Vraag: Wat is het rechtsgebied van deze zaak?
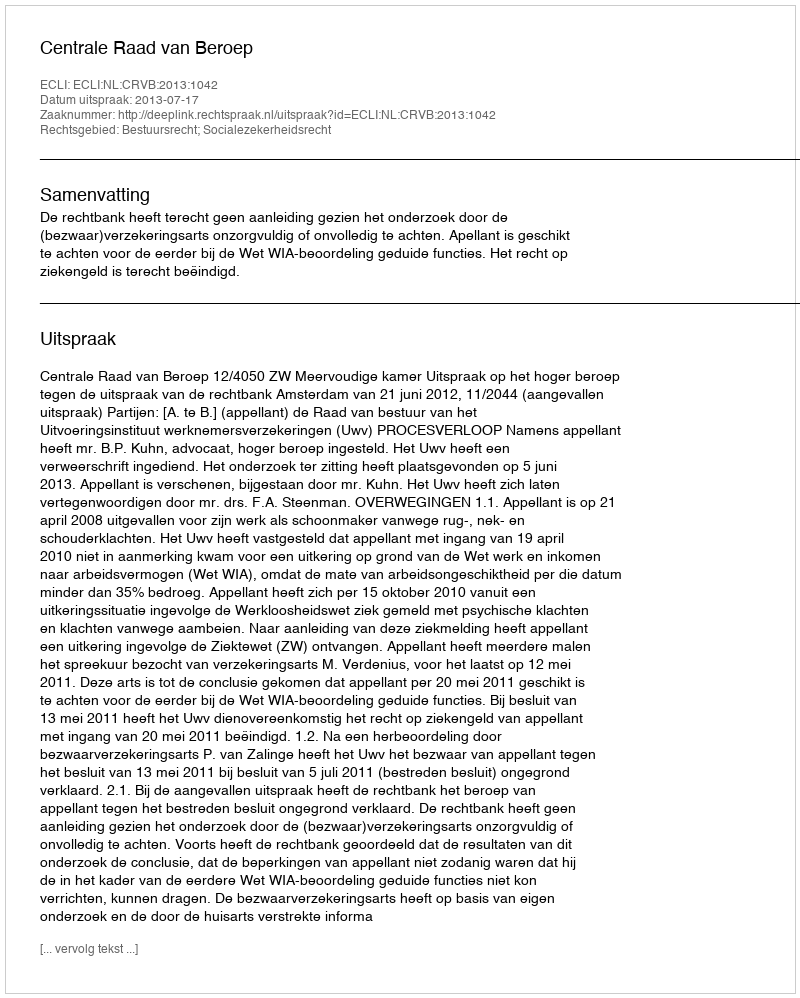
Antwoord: Bestuursrecht; Socialezekerheidsrecht